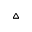
\vartriangle